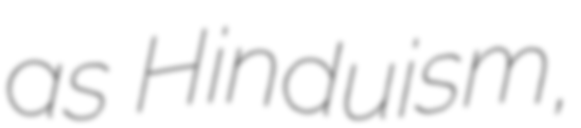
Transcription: as Hinduism,